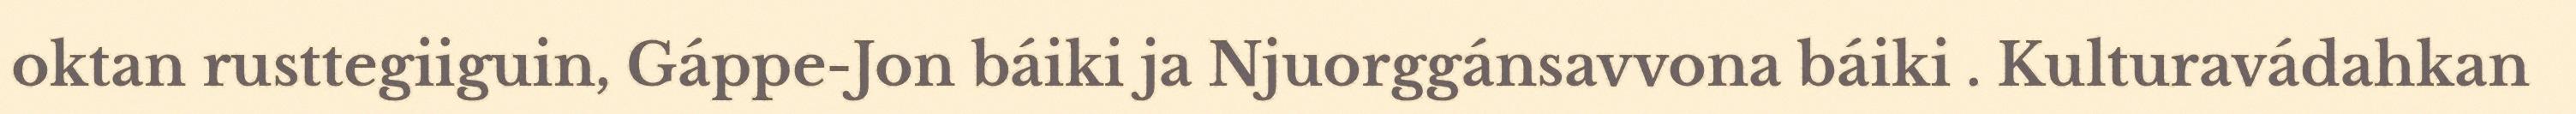
oktan rusttegiiguin, Gáppe-Jon báiki ja Njuorggánsavvona báiki . Kulturavádahkan